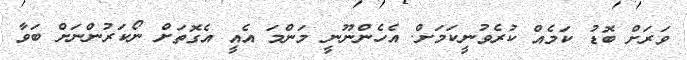
ވަރަށް ބޮޑު ކަމެއް ކުރެވުނީކަމަށް. އެހެންނޫނީ މަންމަ އެއީ އެގޮތަށް ނޯކަރުންނަށް ބަވާ